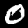
Label: 0